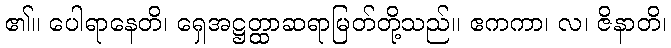
၏။ ပေါရာနေတိ၊ ရှေအဋ္ဌတ္ထာဆရာမြတ်တို့သည်။ ဧကကာ၊ လ၊ ဇိနာတိ၊